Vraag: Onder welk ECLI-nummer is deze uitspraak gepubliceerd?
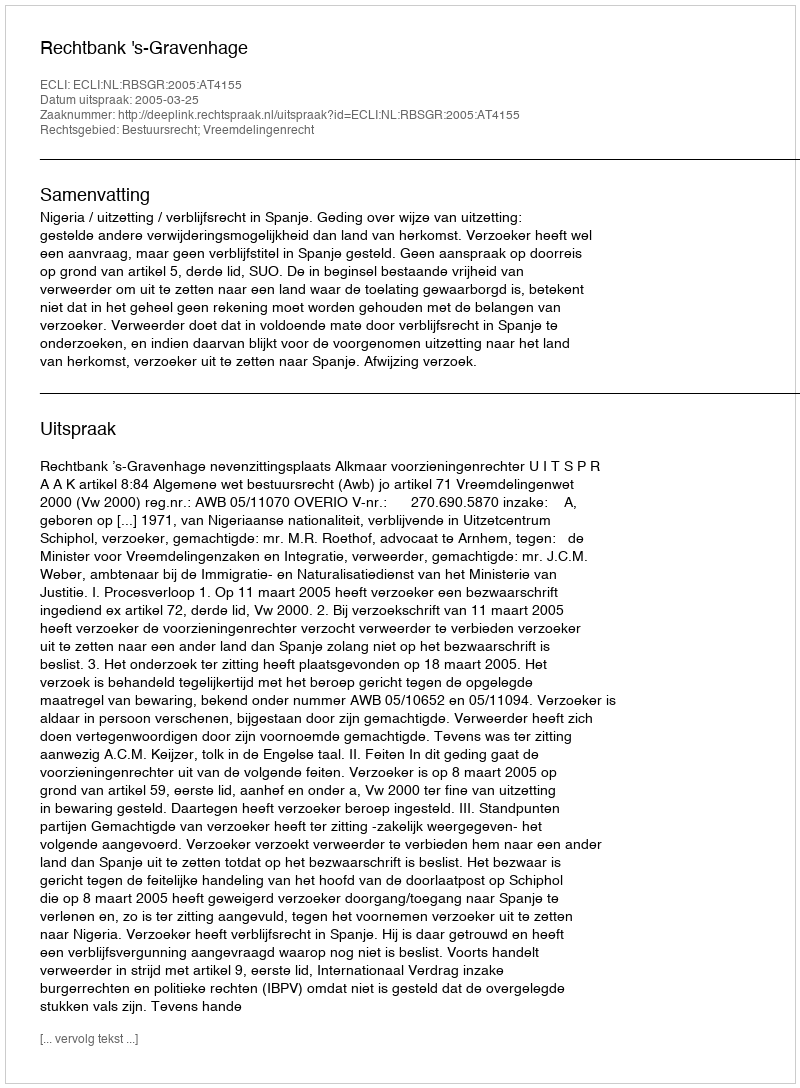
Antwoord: ECLI:NL:RBSGR:2005:AT4155